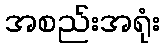
အစည်းအရုံး